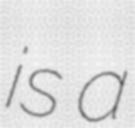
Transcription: is a